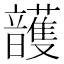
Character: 頀